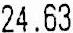
24.63